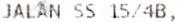
JALAN SS 15/4B,